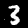
Label: 3